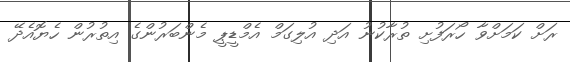
ރަށް ކަމަށްވާ ހޯރަފުށި ތުރާކުނު އަދި އުލިގަމް އެމްޑީޕީ މެންބަރުންގެ އިތުރުން ހެޔޮއެދޭ